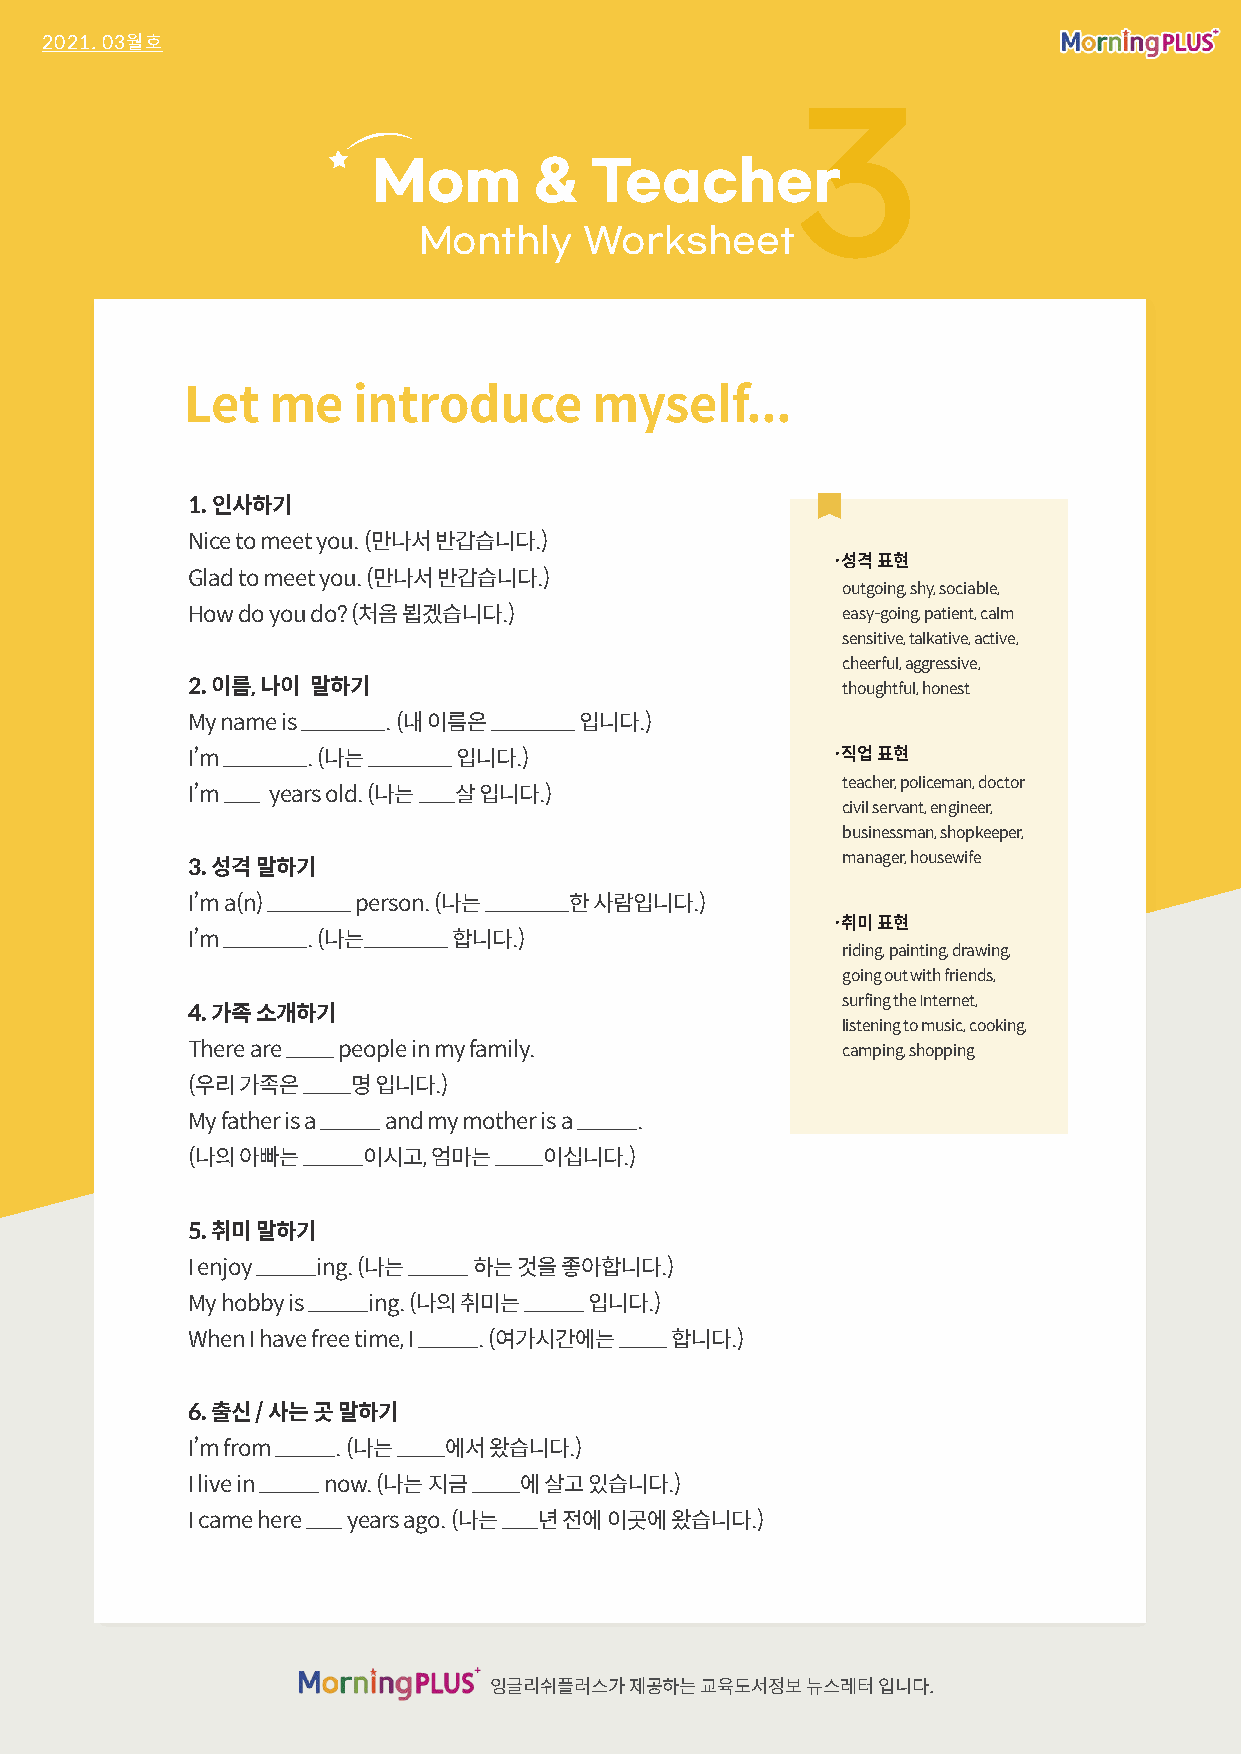
2021. 03월호
 3
 Mom       &   Teacher
 Monthly    Worksheet
 Let   me   introduce       myself...
 1. 인사하기
 Nice to meet you. (만나서 반갑습니다.)
 ·성격 표현
 Glad to meet you. (만나서 반갑습니다.)
 outgoing, shy, sociable,
 How do you do? (처음 뵙겠습니다.)                  easy-going, patient, calm
 sensitive, talkative, active,
 cheerful, aggressive,
 2. 이름, 나이 말하기                               thoughtful, honest
 My name is _______. (내 이름은 _______ 입니다.)
 I’m _______. (나는 _______ 입니다.)             ·직업 표현
 teacher, policeman, doctor
 I’m ___ years old. (나는 ___살 입니다.)
 civil servant, engineer,
 businessman, shopkeeper,
 manager, housewife
 3. 성격 말하기
 I’m a(n) _______ person. (나는 _______한 사람입니다.)
 ·취미 표현
 I’m _______. (나는_______ 합니다.)
 riding, painting, drawing,
 going out with friends,
 surfing the Internet,
 4. 가족 소개하기
 listening to music, cooking,
 There are ____ people in my family.         camping, shopping
 (우리 가족은 ____명 입니다.)
 My father is a _____ and my mother is a _____.
 (나의 아빠는 _____이시고, 엄마는 ____이십니다.)
 5. 취미 말하기
 I enjoy _____ing. (나는 _____ 하는 것을 좋아합니다.)
 My hobby is _____ing. (나의 취미는 _____ 입니다.)
 When I have free time, I _____. (여가시간에는 ____ 합니다.)
 6. 출신 / 사는 곳 말하기
 I’m from _____. (나는 ____에서 왔습니다.)
 I live in _____ now. (나는 지금 ____에 살고 있습니다.)
 I came here ___ years ago. (나는 ___년 전에 이곳에 왔습니다.)
 잉글리쉬플러스가  제공하는 교육도서정보 뉴스레터 입니다.